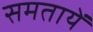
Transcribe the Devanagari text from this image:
समतायें